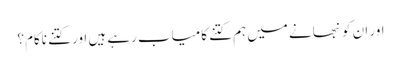
اور ان کو نبھانے میں ہم کتنے کامیاب رہے ہیں اور کتنے ناکام؟